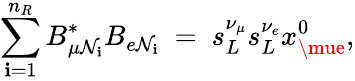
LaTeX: \sum_{\mathbf{i}=1}^{n_{R}}B_{\mu\mathcal{N}_{\mathbf{i}}}^{*}B_{e\mathcal{N}_{\mathbf{i}}}\ =\ s_{L}^{\nu_{\mu}}s_{L}^{\nu_{e}}x_{\mue}^{0},